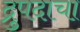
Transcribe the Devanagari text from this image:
द्रुपदाचा